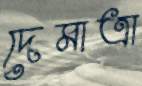
দেমাত্রা